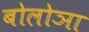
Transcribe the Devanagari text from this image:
बोलोञा